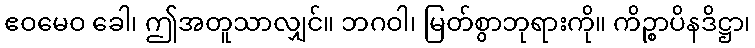
ဧဝမေဝ ခေါ၊ ဤအတူသာလျှင်။ ဘဂဝါ၊ မြတ်စွာဘုရားကို။ ကိဉ္စာပိနဒိဋ္ဌာ၊